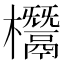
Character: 𣠟